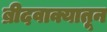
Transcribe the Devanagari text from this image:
ब्रीदवाक्यातून